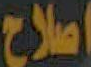
اصلاح